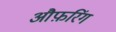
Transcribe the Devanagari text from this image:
औफ़रिंग